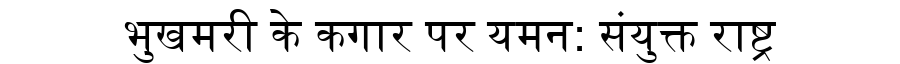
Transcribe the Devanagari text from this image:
भुखमरी के कगार पर यमन: संयुक्त राष्ट्र